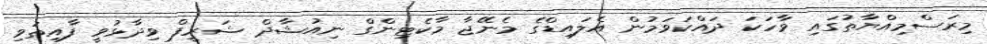
މިރަސްމިއްޔާތުގައި ވާހަކަ ދައްކަވަމުން އެލައިޑްގެ މެނޭޖާ މާކެޓިންގް ނިއުޝާދް ޝަރީފް ވިދާޅުވީ ފާއިތުވި